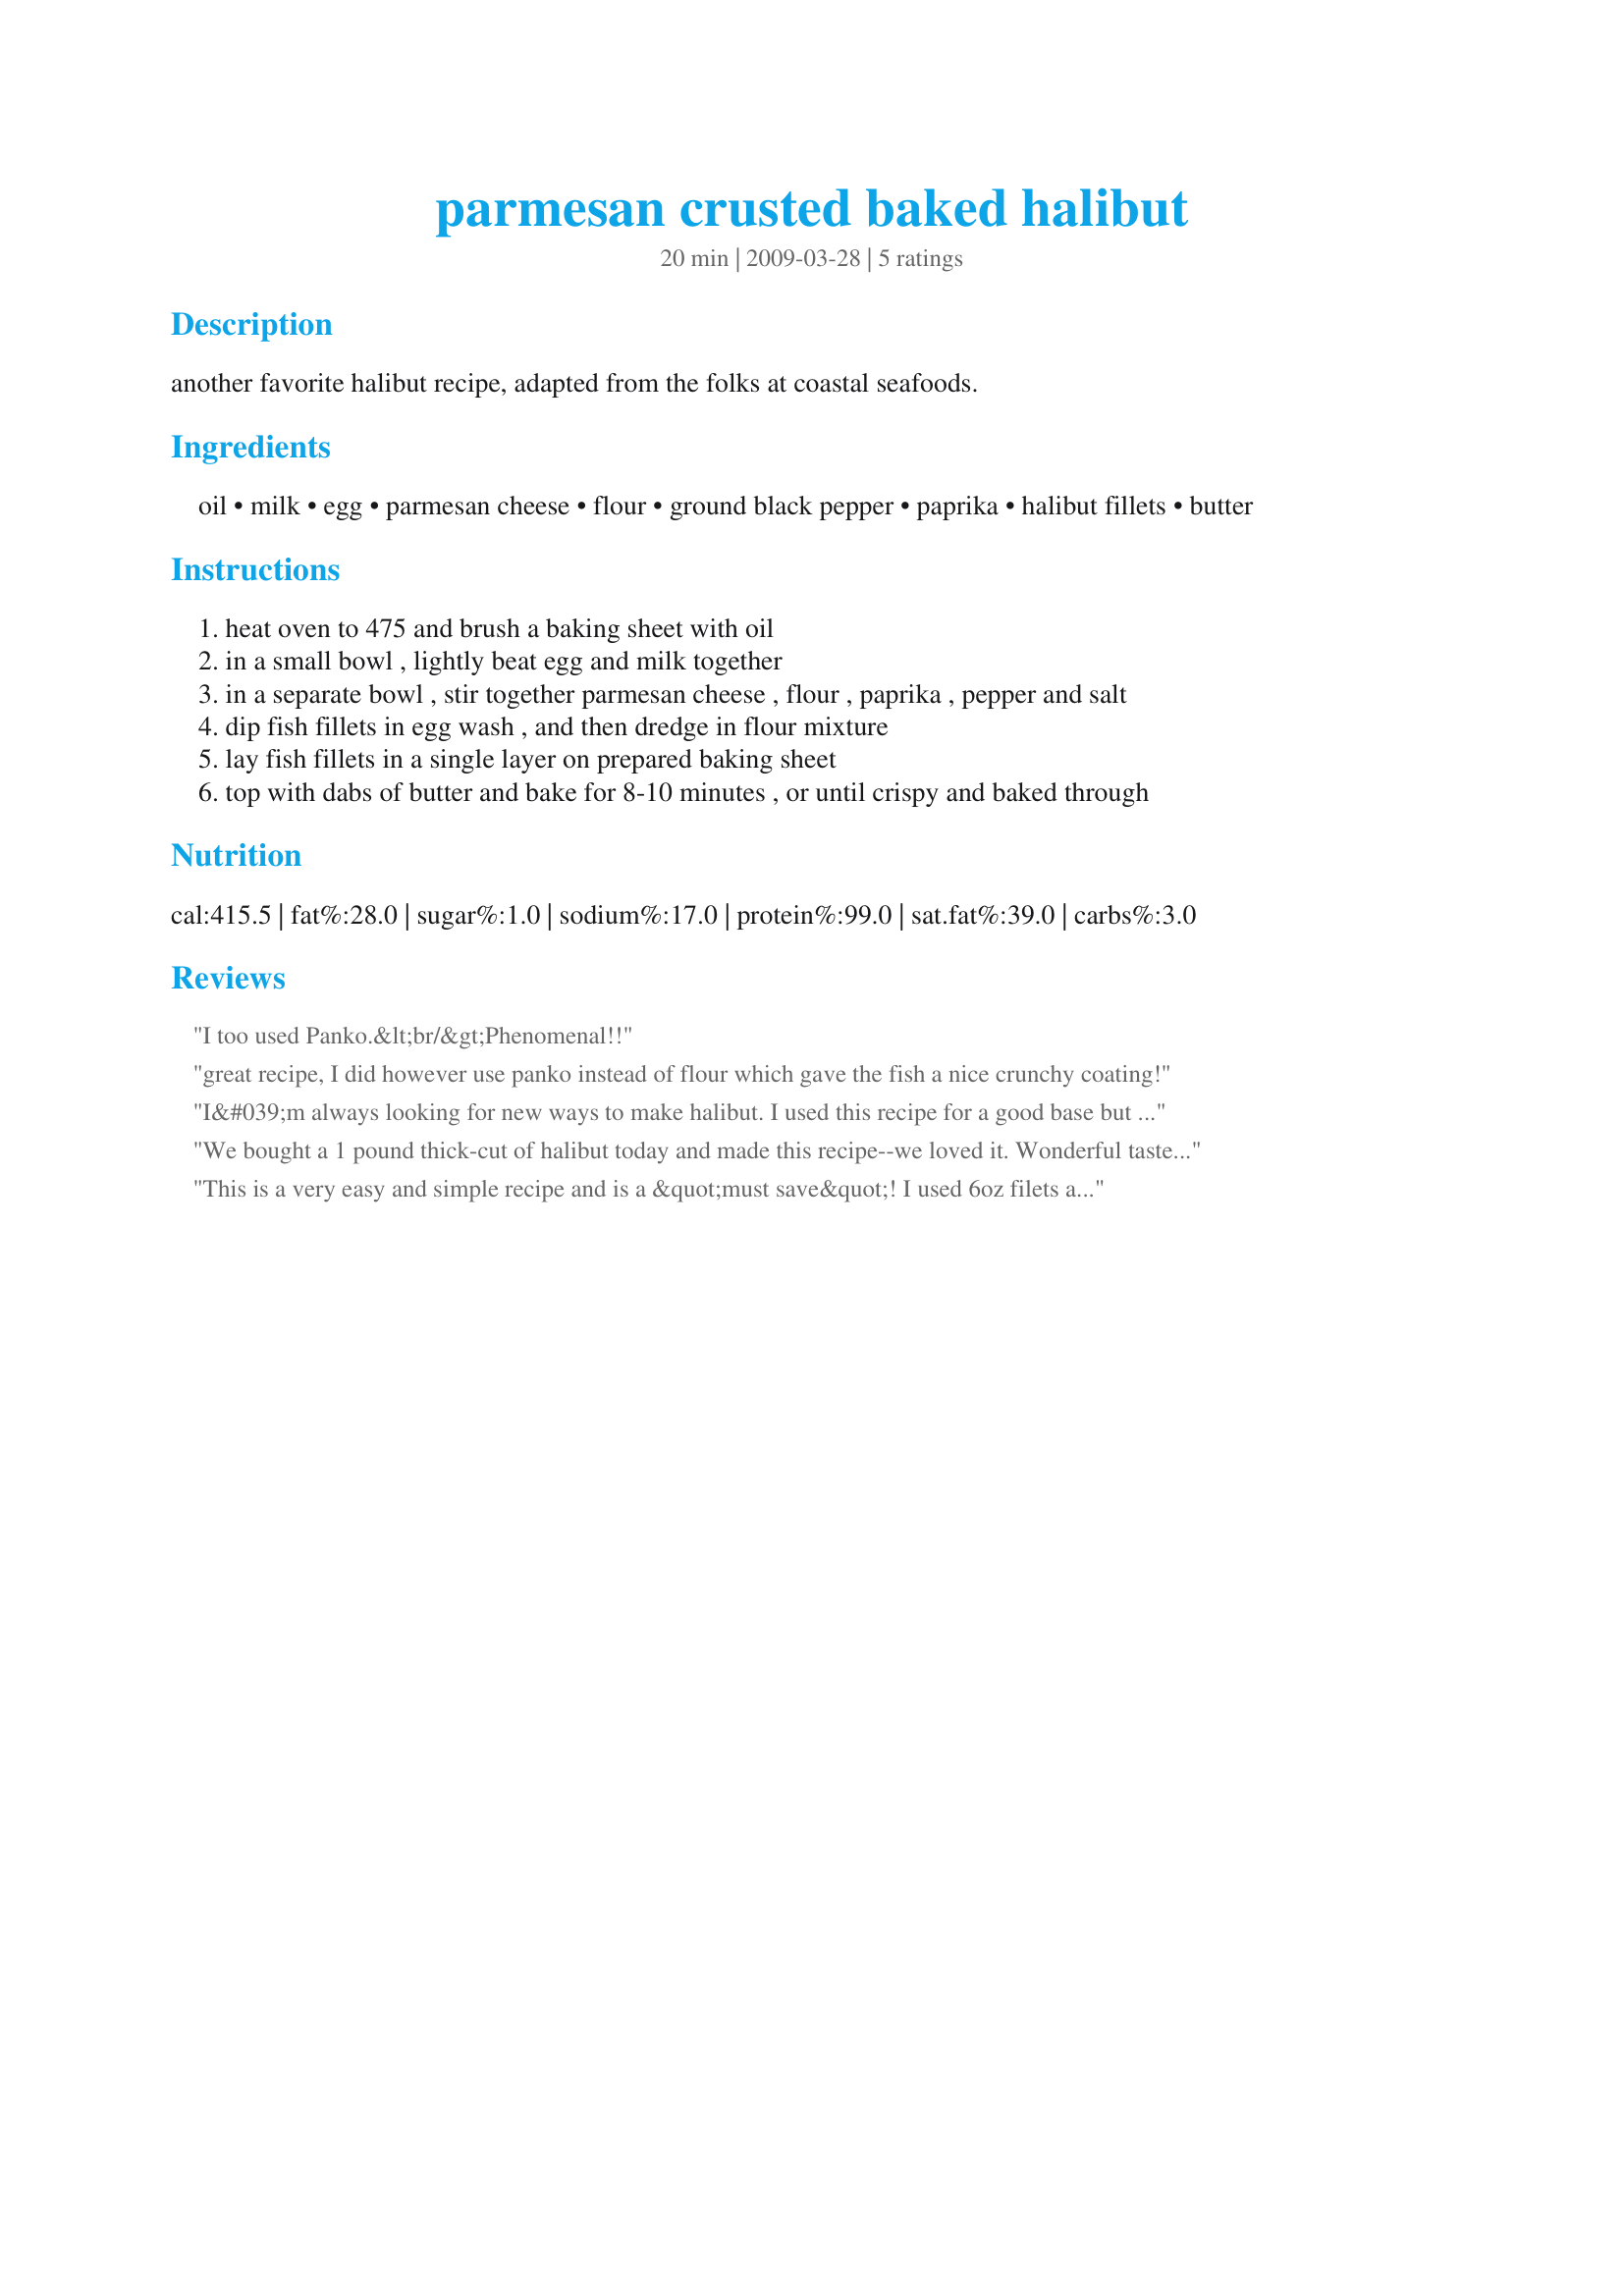
parmesan crusted baked halibut
Preparation time: 20 minutes

another favorite halibut recipe, adapted from the folks at coastal seafoods.

Ingredients:
oil, milk, egg, parmesan cheese, flour, ground black pepper, paprika, halibut fillets, butter

Steps:
heat oven to 475 and brush a baking sheet with oil
in a small bowl , lightly beat egg and milk together
in a separate bowl , stir together parmesan cheese , flour , paprika , pepper and salt
dip fish fillets in egg wash , and then dredge in flour mixture
lay fish fillets in a single layer on prepared baking sheet
top with dabs of butter and bake for 8-10 minutes , or until crispy and baked through

Reviews:
I too used Panko.&lt;br/&gt;Phenomenal!!
great recipe, I did however use panko instead of flour which gave the fish a nice crunchy coating!
I&#039;m always looking for new ways to make halibut. I used this recipe for a good base but made a couple of adjustments. The fish didn&#039;t seem to be cooked thru at 10 min, so I added 5 min and it was perfect. I also added dill and onion powder to the dry mix and used rice flour instead of regular flour. It wasn&#039;t quite as crisp as I would have liked, but it was VERY tasty, and I will use it again. Thank you for the recipe!
We bought a 1 pound thick-cut of halibut today and made this recipe--we loved it. Wonderful taste, but it didn&#039;t overwhelm the already good quality and freshness of the fish. Nice change from our normal way of fixing white fish. Thank you.
This is a very easy and simple recipe and is a &quot;must save&quot;! I used 6oz filets and followed the recipe exactly when I tried it the first time. The halibut was tender and flaky. I would think it may be a little crunchier without the butter and I will try that next time. Great recipe!
